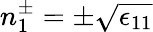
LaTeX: n_{1}^{\pm}=\pm\sqrt{\epsilon_{11}}